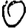
Digit: 0